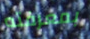
بمعرفته